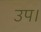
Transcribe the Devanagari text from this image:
उप।